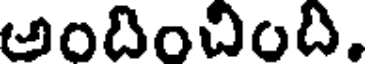
అందించింది.